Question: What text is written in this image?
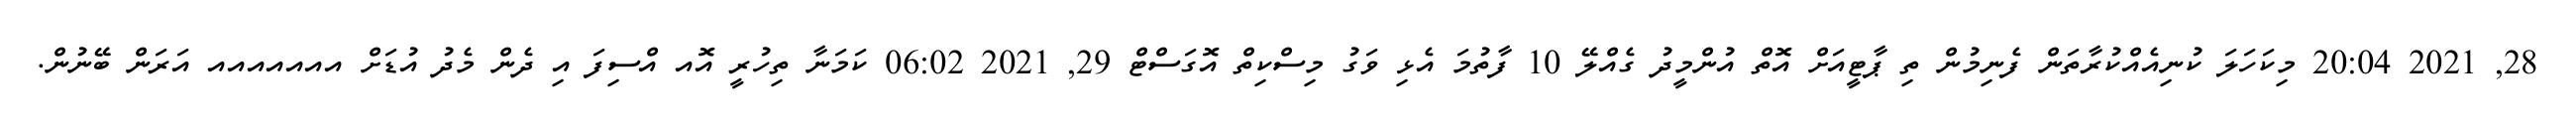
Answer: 28, 2021 20:04 މިކަހަލަ ކުނިއެއްކުރާތަން ފެނިމުން ތި ޕާޓީއަށް އޮތް އުންމީދު ގެއްލޭ 10 ފާތުމަ އެޅި ވަގު މިސްކިތް އޮގަސްޓް 29, 2021 06:02 ކަމަނާ ތިހުރީ އޮއ އްސިފަ އި ދެން މެދު އުޑަށް އއއއއއއ އަރަން ބޭނުން.